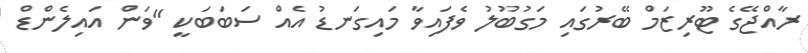
ރާއްޖޭގެ ޓޫރިޒަމް ބޭރުގައި މަގުބޫލު ވެފައިވާ މައިގަނޑު އެއް ސަބަބަކީ "ވަން އައިލެންޑް